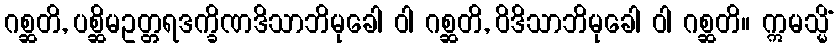
ဂစ္ဆတိ, ပစ္ဆိမဥတ္တရဒက္ခိဏဒိသာဘိမုခေါ ဝါ ဂစ္ဆတိ, ဝိဒိသာဘိမုခေါ ဝါ ဂစ္ဆတိ။ ဣမသ္မိံ